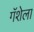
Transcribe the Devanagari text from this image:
गॅशेला